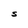
Character: S